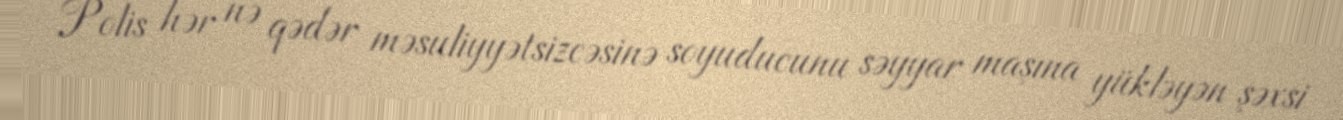
Polis hər nə qədər məsuliyyətsizcəsinə soyuducunu səyyar maşına yükləyən şəxsi